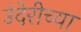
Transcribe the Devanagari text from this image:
उंदेरीच्या